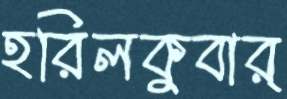
হরিলকুবার্